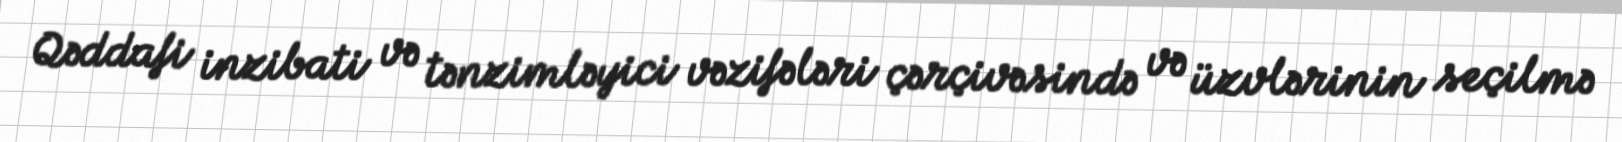
Qəddafi inzibati və tənzimləyici vəzifələri çərçivəsində və üzvlərinin seçilmə